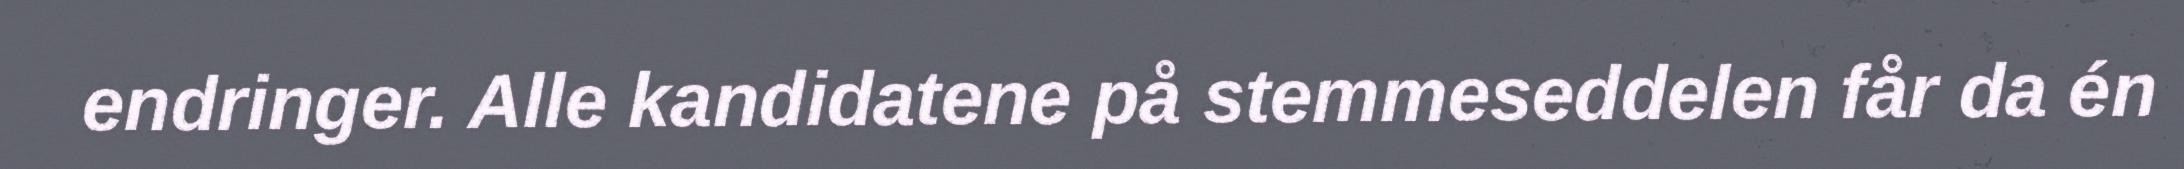
endringer. Alle kandidatene på stemmeseddelen får da én